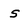
Character: s